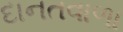
દાનતવાળા